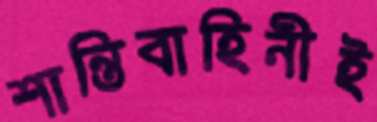
শান্তিবাহিনীই